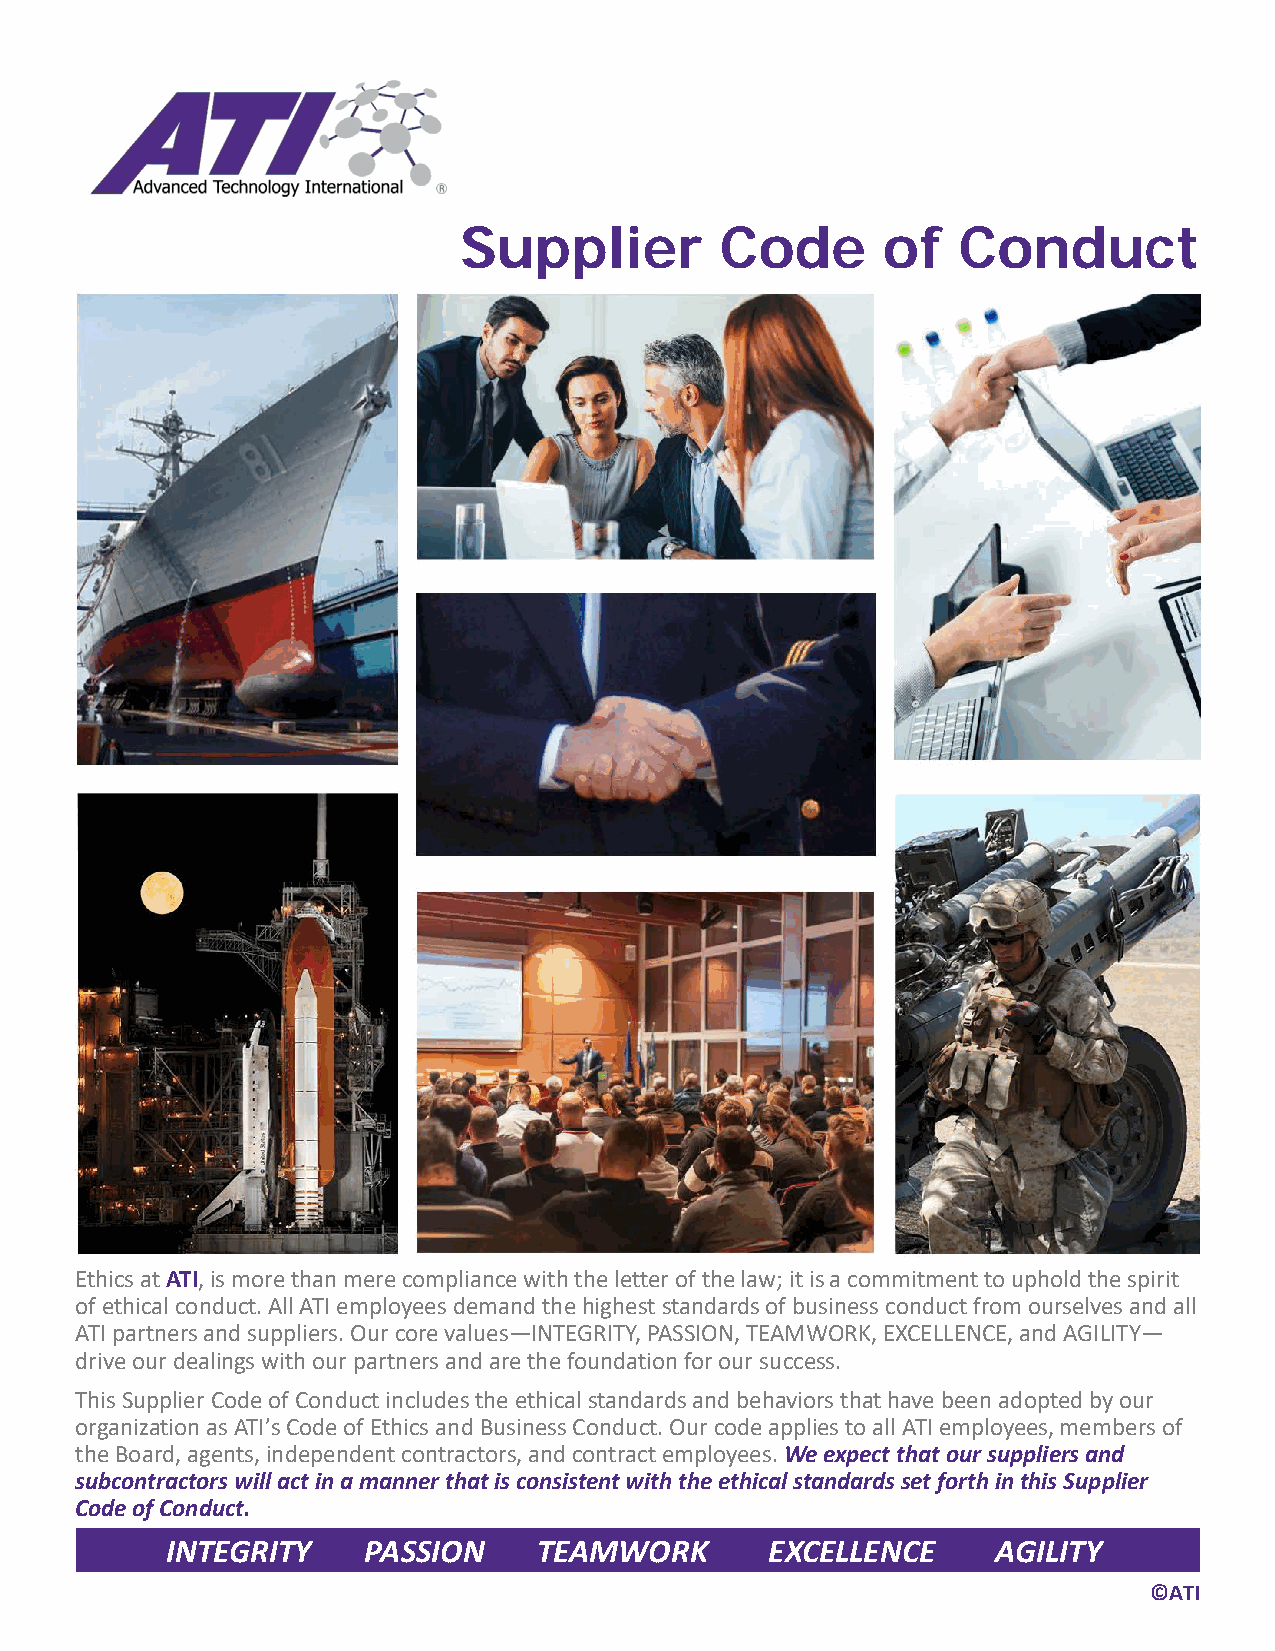
Supplier          Code      of   Conduct
 Ethics at ATI, is more than mere compliance with the letter of the law; it is a commitment to uphold the spirit
 of ethical conduct. All ATI employees demand the highest standards of business conduct from ourselves and all
 ATI partners and suppliers. Our core values—INTEGRITY, PASSION, TEAMWORK, EXCELLENCE, and AGILITY—
 drive our dealings with our partners and are the foundation for our success.
 This Supplier Code of Conduct includes the ethical standards and behaviors that have been adopted by our
 organization as ATI’s Code of Ethics and Business Conduct. Our code applies to all ATI employees, members of
 the Board, agents, independent contractors, and contract employees. We expect that our suppliers and
 subcontractors will act in a manner that is consistent with the ethical standards set forth in this Supplier
 Code of Conduct.
 INTEGRITY    PASSION     TEAMWORK       EXCELLENCE     AGILITY
 ©ATI